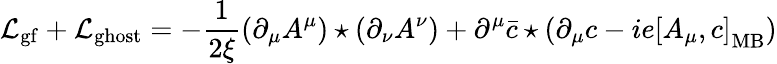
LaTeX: {\cal L}_{\mathrm{gf}}+{\cal L}_{\mathrm{ghost}}=-\frac{1}{2\xi}(\partial_{\mu}A^{\mu})\star(\partial_{\nu}A^{\nu})+\partial^{\mu}\bar{c}\star(\partial_{\mu}c-ie\left[A_{\mu},c\right]_{\mathrm{MB}})